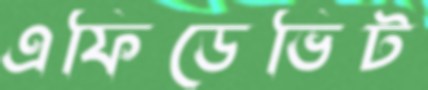
এফিডেভিট